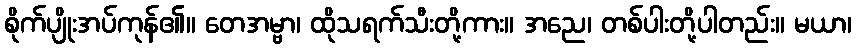
စိုက်ပျိုးအပ်ကုန်၏။ တေအမ္ဗာ၊ ထိုသရက်သီးတို့ကား။ အညေ၊ တစ်ပါးတို့ပါတည်း။ မယာ၊